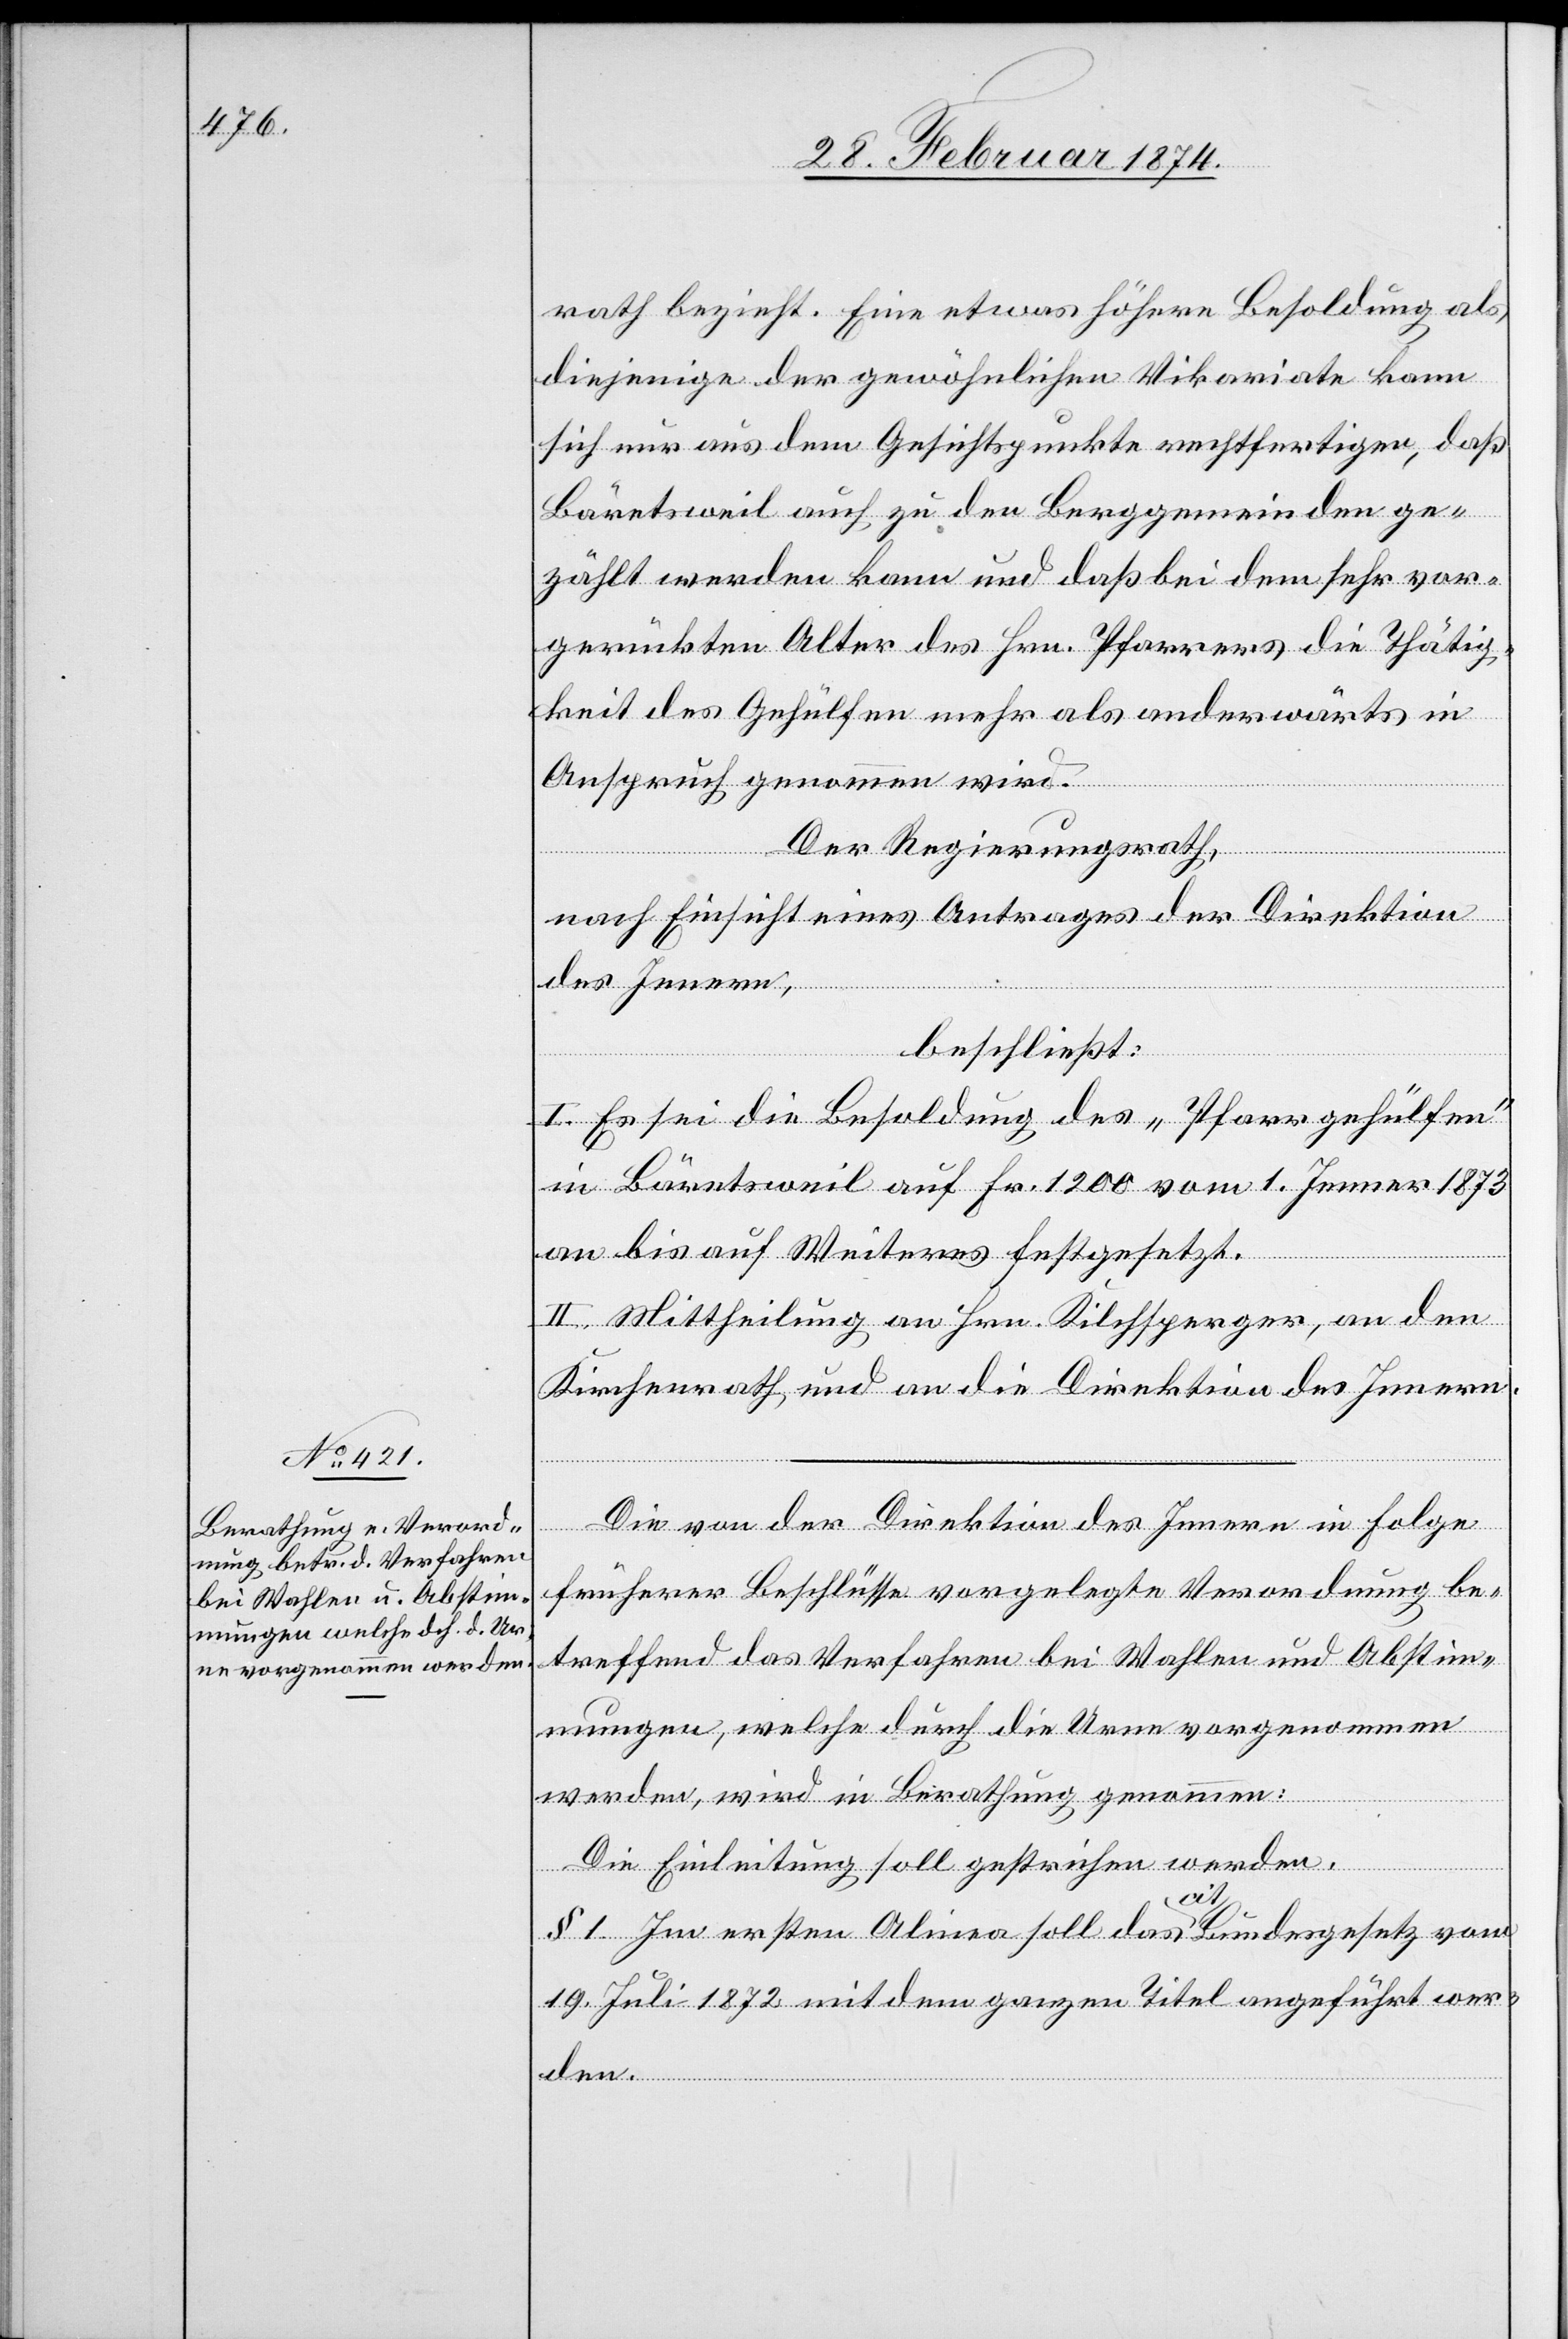
rath bezieht. Eine etwas höhere Besoldung als
diejenige der gewöhnlichen Vikariate kann
sich nur aus dem Gesichtspunkte rechtfertigen, daß
Bäretsweil auch zu den Berggemeinden ge¬
zählt werden kann und daß bei dem sehr vor¬
gerückten Alter des Hrn Pfarrers die Thätig¬
keit des Gehülfen mehr als anderwärts in
Anspruch genommen wird.
Der Regierungsrath,
nach Einsicht eines Antrages der Direktion
des Innern,
beschließt:
I. Es sei die Besoldung des „Pfarrgehülfen“
in Bäretsweil auf Fr. 1200 vom 1. Jenner 1873
an bis auf Weiteres festgesetzt.
II. Mittheilung an Hrn. Kilchsperger, an den
Kirchenrath und an die Direktion des Innern.
Die von der Direktion des Innern in Folge
früherer Beschlüsse vorgelegte Verordnung be¬
treffend das Verfahren bei Wahlen und Abstim¬
mungen, welche durch die Urne vorgenommen
werden, wird in Berathung genommen:
Die Einleitung soll gestrichen werden.
§ 1. Im ersten Alinea soll das cit. Bundesgesetz vom
19. Juli 1872 mit dem ganzen Titel angeführt wer¬
den.